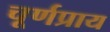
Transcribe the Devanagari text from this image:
चूर्णप्राय